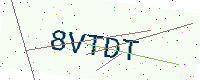
Text: 8VTDT